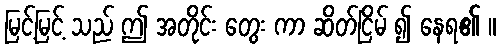
မြင့်မြင့် သည် ဤ အတိုင်း တွေး ကာ ဆိတ်ငြိမ် ၍ နေရ၏ ။